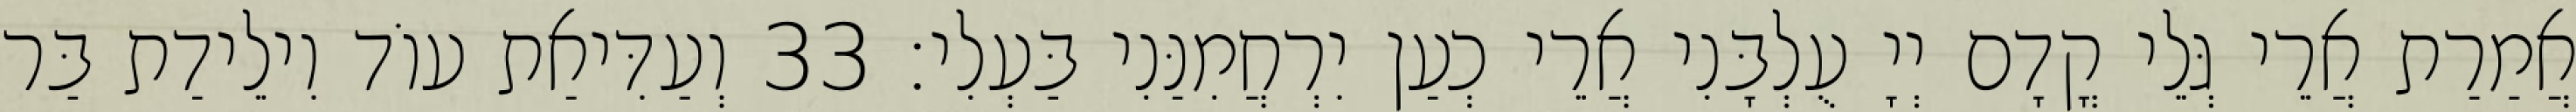
אֲמַרַת אֲרֵי גְּלֵי קֳדָם יְיָ עֻלְבָּנִי אֲרֵי כְעַן יִרְחֲמִנַּנִי בַּעְלִי׃ 33 וְעַדִּיאַת עוֹד וִילֵידַת בַּר